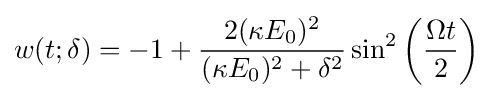
w(t;\delta )=-1+{\frac {2(\kappa E_{0})^{2}}{(\kappa E_{0})^{2}+\delta ^{2}}}\sin ^{2}\left({\frac {\Omega t}{2}}\right)